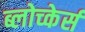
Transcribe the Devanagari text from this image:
ब्लोच्केर्स